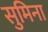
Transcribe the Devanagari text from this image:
सुमिना